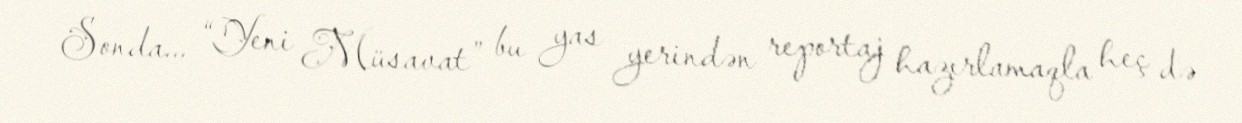
Sonda... “Yeni Müsavat” bu yas yerindən reportaj hazırlamaqla heç də